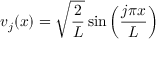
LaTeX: v _ { j } ( x ) = { \sqrt { \frac { 2 } { L } } } \sin \left( { \frac { j \pi x } { L } } \right)